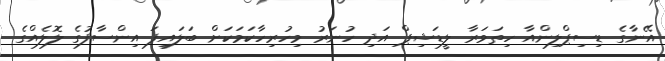
އޭނާގެ ޑިސިޕްލިންއާ ހިތަވަރާ ލީޑަޝިޕް އަދި ހުނަރު މިހުރިހާކަމަކަށް ބަލައިފަ އިންސާފުގެ ލޮލެއްގެ